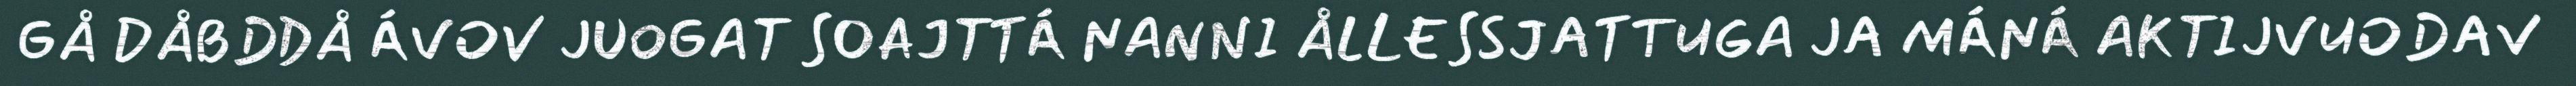
GÅ DÅBDDÅ ÁVOV JUOGAT SOAJTTÁ NANNI ÅLLESSJATTUGA JA MÁNÁ AKTIJVUODAV